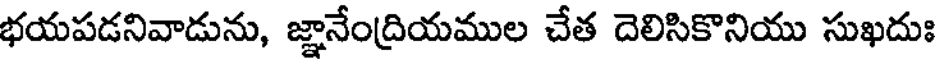
భయపడనివాడును, జ్ఞానేంద్రియముల చేత దెలిసికొనియు సుఖదుః